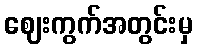
ဈေးကွက်အတွင်းမှ